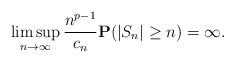
LaTeX: \begin{align*}\limsup_{n \rightarrow \infty} \frac{n^{p-1}}{c_n}\mathbf{P}(|S_n| \geq n) = \infty.\end{align*}